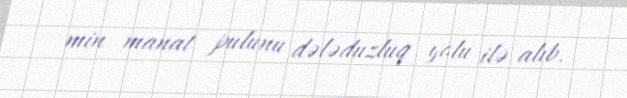
min manat pulunu dələduzluq yolu ilə alıb.